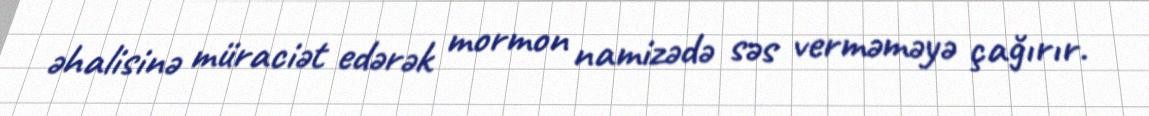
əhalisinə müraciət edərək mormon namizədə səs verməməyə çağırır.